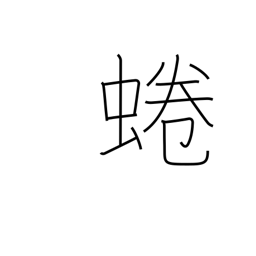
Meaning: an edible river snail